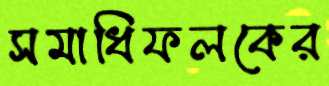
সমাধিফলকের